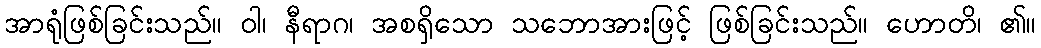
အာရုံဖြစ်ခြင်းသည်။ ဝါ၊ နီရာဂ၊ အစရှိသော သဘောအားဖြင့် ဖြစ်ခြင်းသည်။ ဟောတိ၊ ၏။